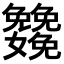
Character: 𡤳